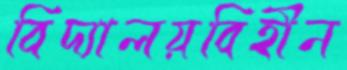
বিদ্যালয়বিহীন